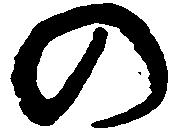
の